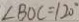
\angle B O C = 1 2 0 ^ { \circ }